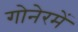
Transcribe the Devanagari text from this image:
गोनेरमें